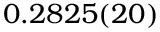
0 . 2 8 2 5 ( 2 0 )